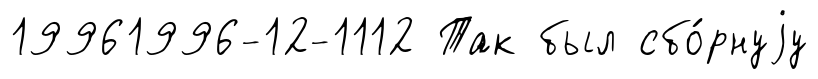
19961996-12-1112 Так был сбо́рнуjу